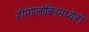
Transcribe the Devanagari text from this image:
हीमोग्लोबिनमध्येही